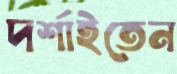
দর্শাইতেন